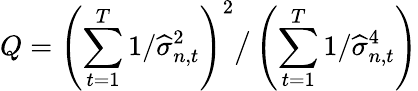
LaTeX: Q=\left(\sum_{t=1}^{T}1/\widehat{\sigma}_{n,t}^{2}\right)^{2}\big/\left(\sum_{t=1}^{T}1/\widehat{\sigma}_{n,t}^{4}\right)